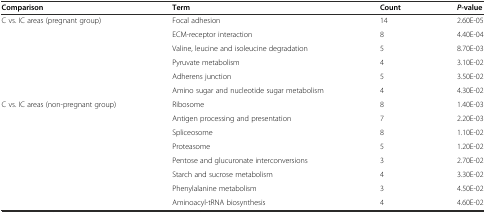
<table><thead><tr><td><b>Comparison</b></td><td><b>Term</b></td><td><b>Count</b></td><td><b><i>P-</i>value</b></td></tr></thead><tbody><tr><td rowspan="6">C vs. IC areas (pregnant group)</td><td>Focal adhesion</td><td>14</td><td>2.60E-05</td></tr><tr><td>ECM-receptor interaction</td><td>8</td><td>4.40E-04</td></tr><tr><td>Valine, leucine and isoleucine degradation</td><td>5</td><td>8.70E-03</td></tr><tr><td>Pyruvate metabolism</td><td>4</td><td>3.10E-02</td></tr><tr><td>Adherens junction</td><td>5</td><td>3.50E-02</td></tr><tr><td>Amino sugar and nucleotide sugar metabolism</td><td>4</td><td>4.30E-02</td></tr><tr><td rowspan="8">C vs. IC areas (non-pregnant group)</td><td>Ribosome</td><td>8</td><td>1.40E-03</td></tr><tr><td>Antigen processing and presentation</td><td>7</td><td>2.20E-03</td></tr><tr><td>Spliceosome</td><td>8</td><td>1.10E-02</td></tr><tr><td>Proteasome</td><td>5</td><td>1.20E-02</td></tr><tr><td>Pentose and glucuronate interconversions</td><td>3</td><td>2.70E-02</td></tr><tr><td>Starch and sucrose metabolism</td><td>4</td><td>3.30E-02</td></tr><tr><td>Phenylalanine metabolism</td><td>3</td><td>4.50E-02</td></tr><tr><td>Aminoacyl-tRNA biosynthesis</td><td>4</td><td>4.60E-02</td></tr></tbody></table>